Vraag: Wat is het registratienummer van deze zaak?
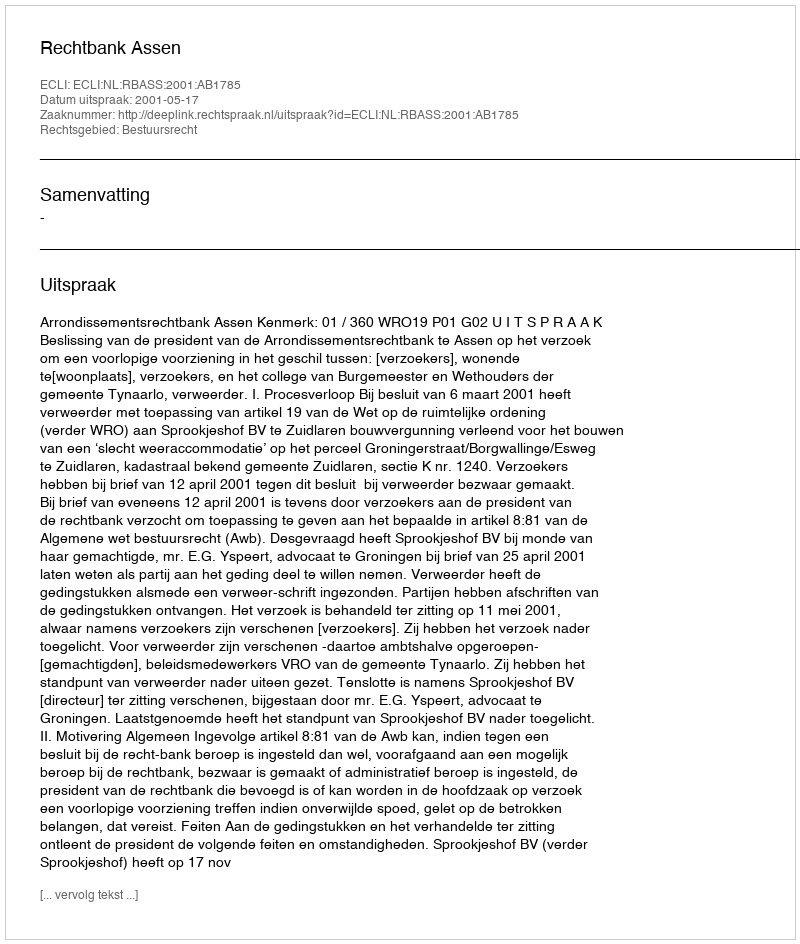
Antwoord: http://deeplink.rechtspraak.nl/uitspraak?id=ECLI:NL:RBASS:2001:AB1785